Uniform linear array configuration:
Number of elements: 4
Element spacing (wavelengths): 1
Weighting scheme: kaiser
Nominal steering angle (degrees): -30
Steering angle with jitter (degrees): -28.305
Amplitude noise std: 0.05
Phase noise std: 0.05

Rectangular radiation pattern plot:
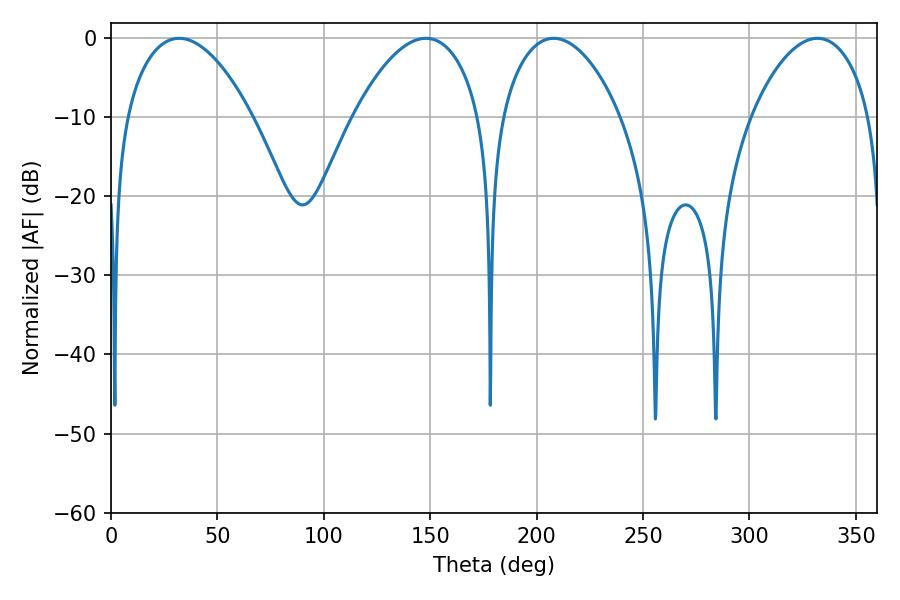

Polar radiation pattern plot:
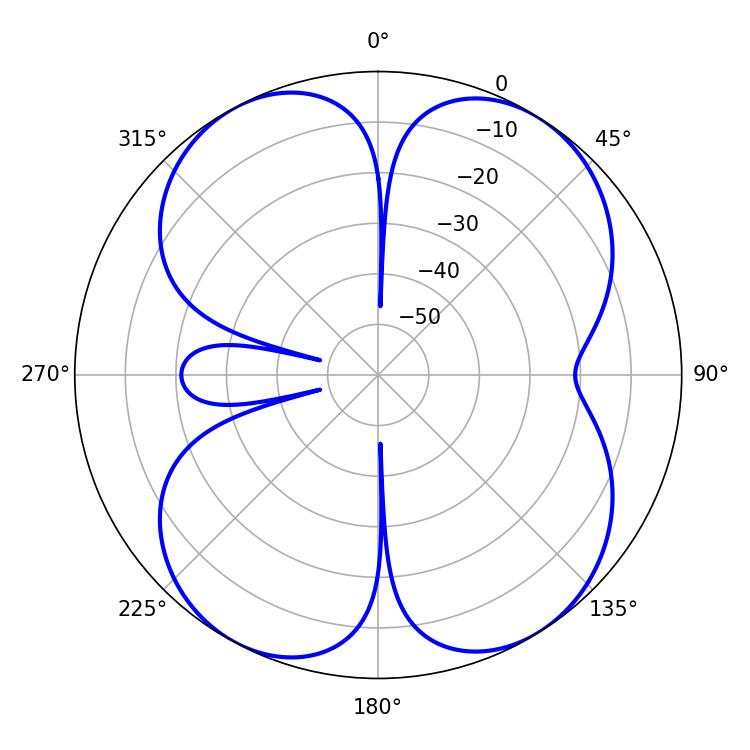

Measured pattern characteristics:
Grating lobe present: TRUE
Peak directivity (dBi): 12.232
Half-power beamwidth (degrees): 32.94
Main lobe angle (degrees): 32.04